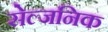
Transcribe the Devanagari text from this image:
सेल्जनिक